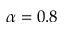
\alpha = 0 . 8